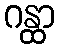
ဂန္ထာ